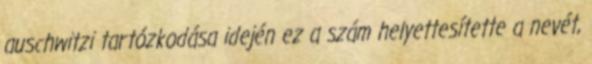
auschwitzi tartózkodása idején ez a szám helyettesítette a nevét,